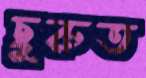
ছুরুত